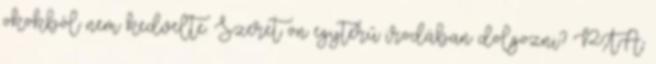
okokból nem kedvelte. Szeret ön egyterű irodában dolgozni? PTA: